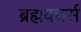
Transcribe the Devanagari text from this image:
ब्रह्मवचर्स